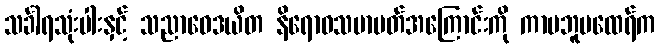
သင်္ခါရသုံးပါးနှင့် သညာဝေဒယိတ နိရောဓသမာပတ်အကြောင်းကို ကာမဘူမထေရ်က